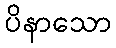
ပိနာသော